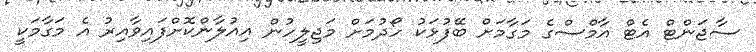
ސާޖަންޓް އެޓް އާމްސްގެ މަގާމަށް ބޭފުޅަކު ހޯދުމަށް މަޖިލީހުން އިއުލާންކޮށްފައިވާއިރު އެ މަގާމަކީ